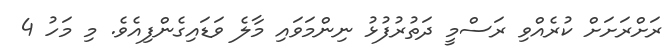
ރަށްރަށަށް ކުރެއްވި ރަސްމީ ދަތުރުފުޅު ނިންމަވައި މާލެ ވަޑައިގެންފިއެވެ. މި މަހު 4